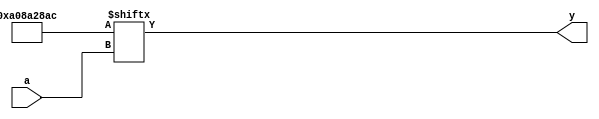

// VERIFIC-SKIP

module uut_forgen01(a, y);

input [4:0] a;
output y;

integer i, j;
reg [31:0] lut;

initial begin
	for (i = 0; i < 32; i = i+1) begin
		lut[i] = i > 1;
		for (j = 2; j*j <= i; j = j+1)
			if (i % j == 0)
				lut[i] = 0;
	end
end

assign y = lut[a];

endmodule